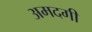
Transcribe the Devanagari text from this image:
अमदगी